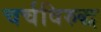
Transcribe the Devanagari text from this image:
चर्चविरुद्ध